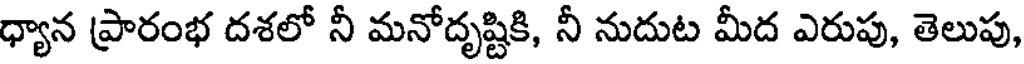
ధ్యాన ప్రారంభ దశలో నీ మనోదృష్టికి, నీ నుదుట మీద ఎరుపు, తెలుపు,